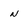
Character: n